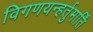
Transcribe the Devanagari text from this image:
विगणयन्हर्तुमार्तिं